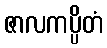
ဇာလကပ္ပိတံ